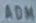
ADM